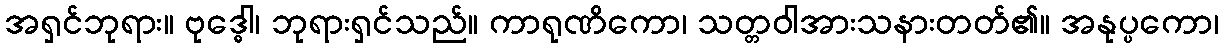
အရှင်ဘုရား။ ဗုဒ္ဓေါ၊ ဘုရားရှင်သည်။ ကာရုဏိကော၊ သတ္တဝါအားသနားတတ်၏။ အနုပ္ပကော၊